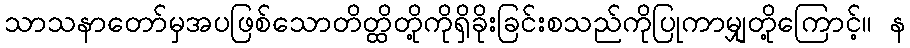
သာသနာတော်မှအပဖြစ်သောတိတ္ထိတို့ကိုရှိခိုးခြင်းစသည်ကိုပြုကာမျှတို့ကြောင့်။ န